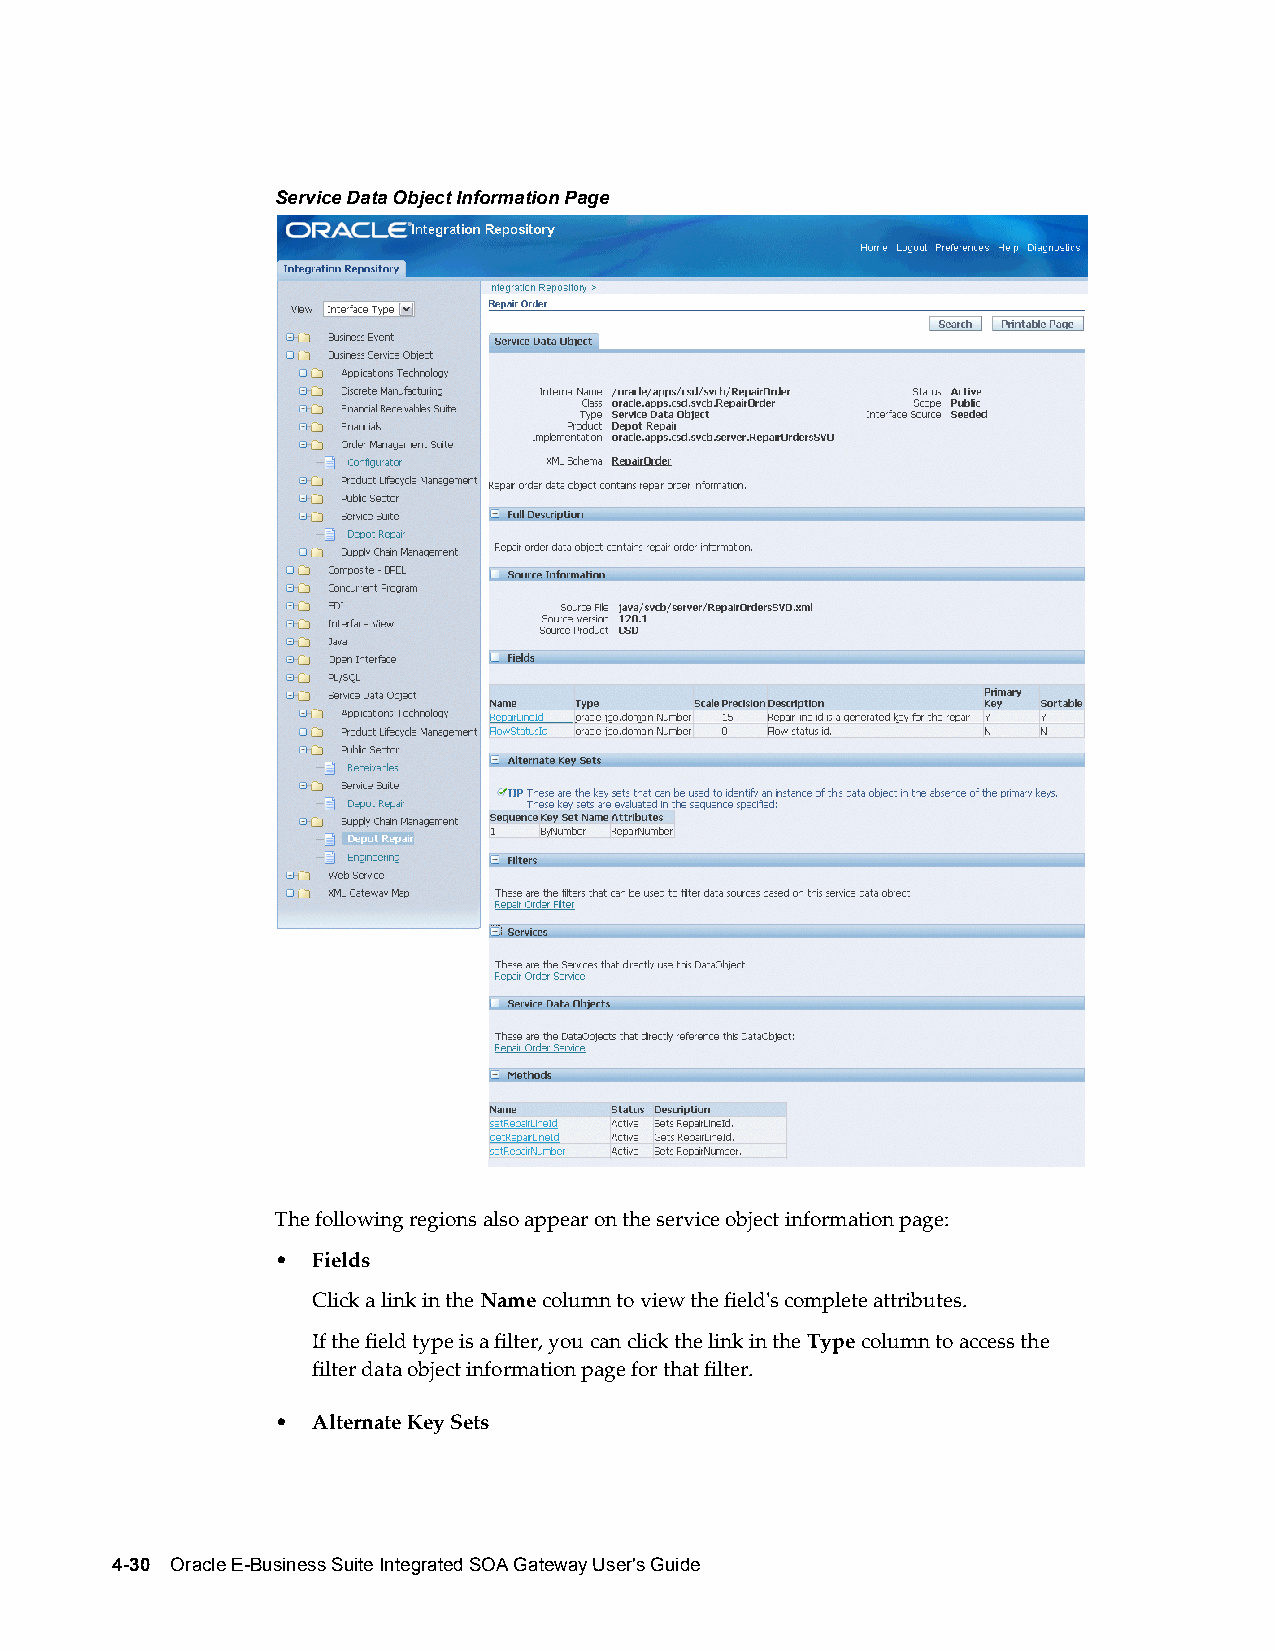
Service Data Object Information Page
 The following regions also appear on the service object information page:
 •  Fields
 Click a link in the Name column to view the field's complete attributes.
 If the field type is a filter, you can click the link in the Type column to access the
 filter data object information page for that filter.
 •  Alternate Key Sets
 4-30 Oracle E-Business Suite Integrated SOA Gateway User's Guide